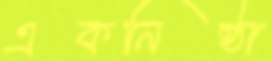
একনিষ্ঠা